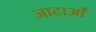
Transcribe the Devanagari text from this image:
जाटाओं